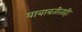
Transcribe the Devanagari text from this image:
याबाबतीतही